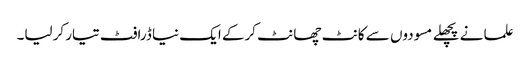
علما نے پچھلے مسودوں سے کانٹ چھانٹ کرکے ایک نیا ڈرافٹ تیار کرلیا۔